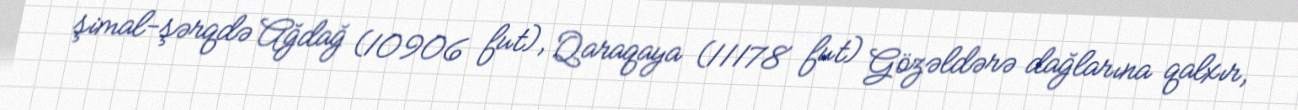
şimal-şərqdə Ağdağ (10906 fut), Qaraqaya (11178 fut) Gözəldərə dağlarına qalxır,